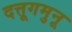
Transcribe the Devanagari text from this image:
दत्तूगमुनू